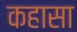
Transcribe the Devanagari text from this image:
कहासा